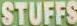
STUFFS